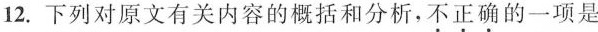
12. 下列对原文有关内容的概括和分析，不正确的一项是